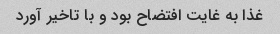
غذا به غایت افتضاح بود و با تاخیر آورد